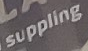
suppling